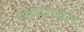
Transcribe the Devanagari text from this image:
बाणावत